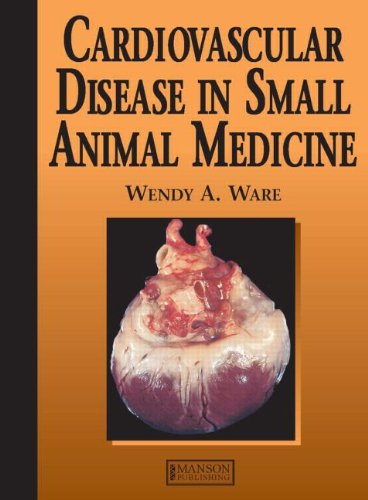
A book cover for Cardiovascular Disease in Small Animal Medicine (A Color Handbook); Wendy Ware; Medical Books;